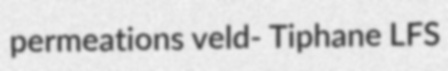
permeations veld- Tiphane LFS